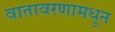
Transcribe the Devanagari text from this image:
वातावरणामधून